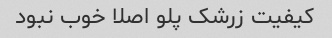
کیفیت زرشک پلو اصلا خوب نبود